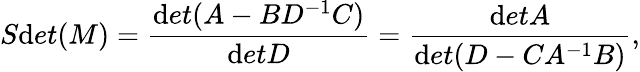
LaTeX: S\mathrm{d}et(M)={\frac{{\mathrm{d}et(A-BD^{-1}C)}}{{\mathrm{d}etD}}}={\frac{{\mathrm{d}etA}}{{\mathrm{d}et(D-CA^{-1}B)}}},